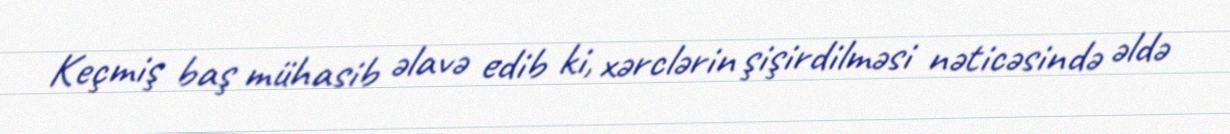
Keçmiş baş mühasib əlavə edib ki, xərclərin şişirdilməsi nəticəsində əldə